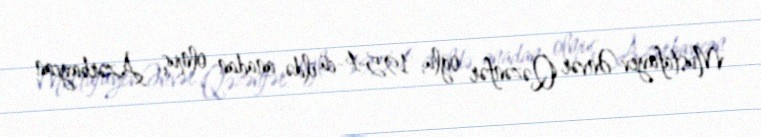
Mustafayev Ənvər Qəzənfər oğlu, 1954-cü ildə anadan olmuş, Azərbaycan